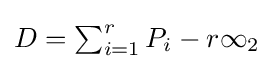
{\textstyle D=\sum _{i=1}^{r}P_{i}-r\infty _{2}}